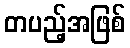
တပည့်အဖြစ်